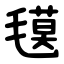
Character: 氁